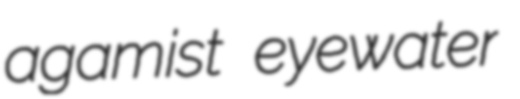
agamist eyewater